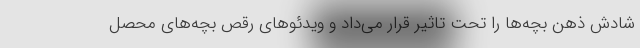
شادش ذهن بچه‌ها را تحت تاثیر قرار می‌داد و ویدئوهای رقص بچه‌های محصل